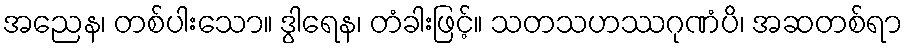
အညေန၊ တစ်ပါးသော။ ဒွါရေန၊ တံခါးဖြင့်။ သတသဟဿဂုဏံပိ၊ အဆတစ်ရာ